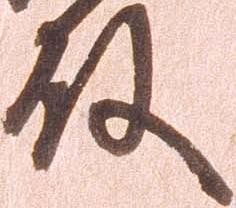
殿